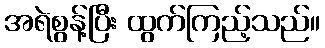
အရဲစွန့်ပြီး ထွက်ကြည့်သည်။